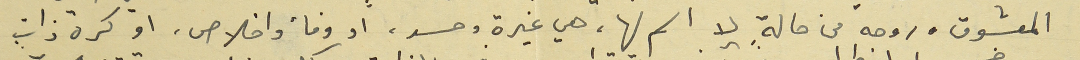
المعشوق وروحه من حالةٍ لا اسم لها، هي غيرة وحسد، او وفاء واخلاص، او كره ذاتٍ